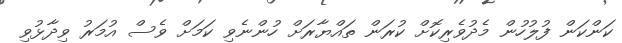
ކަންކަން ފުލުހުން މެދުވެރިކޮށް ކުރަން ތައްޔާރަށް ހުންނެވި ކަމަށް ވެސް އުމަރު ވިދާޅުވި